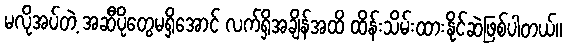
မလိုအပ်တဲ့ အဆီပိုတွေမရှိအောင် လက်ရှိအချိန်အထိ ထိန်းသိမ်းထားနိုင်ဆဲဖြစ်ပါတယ်။